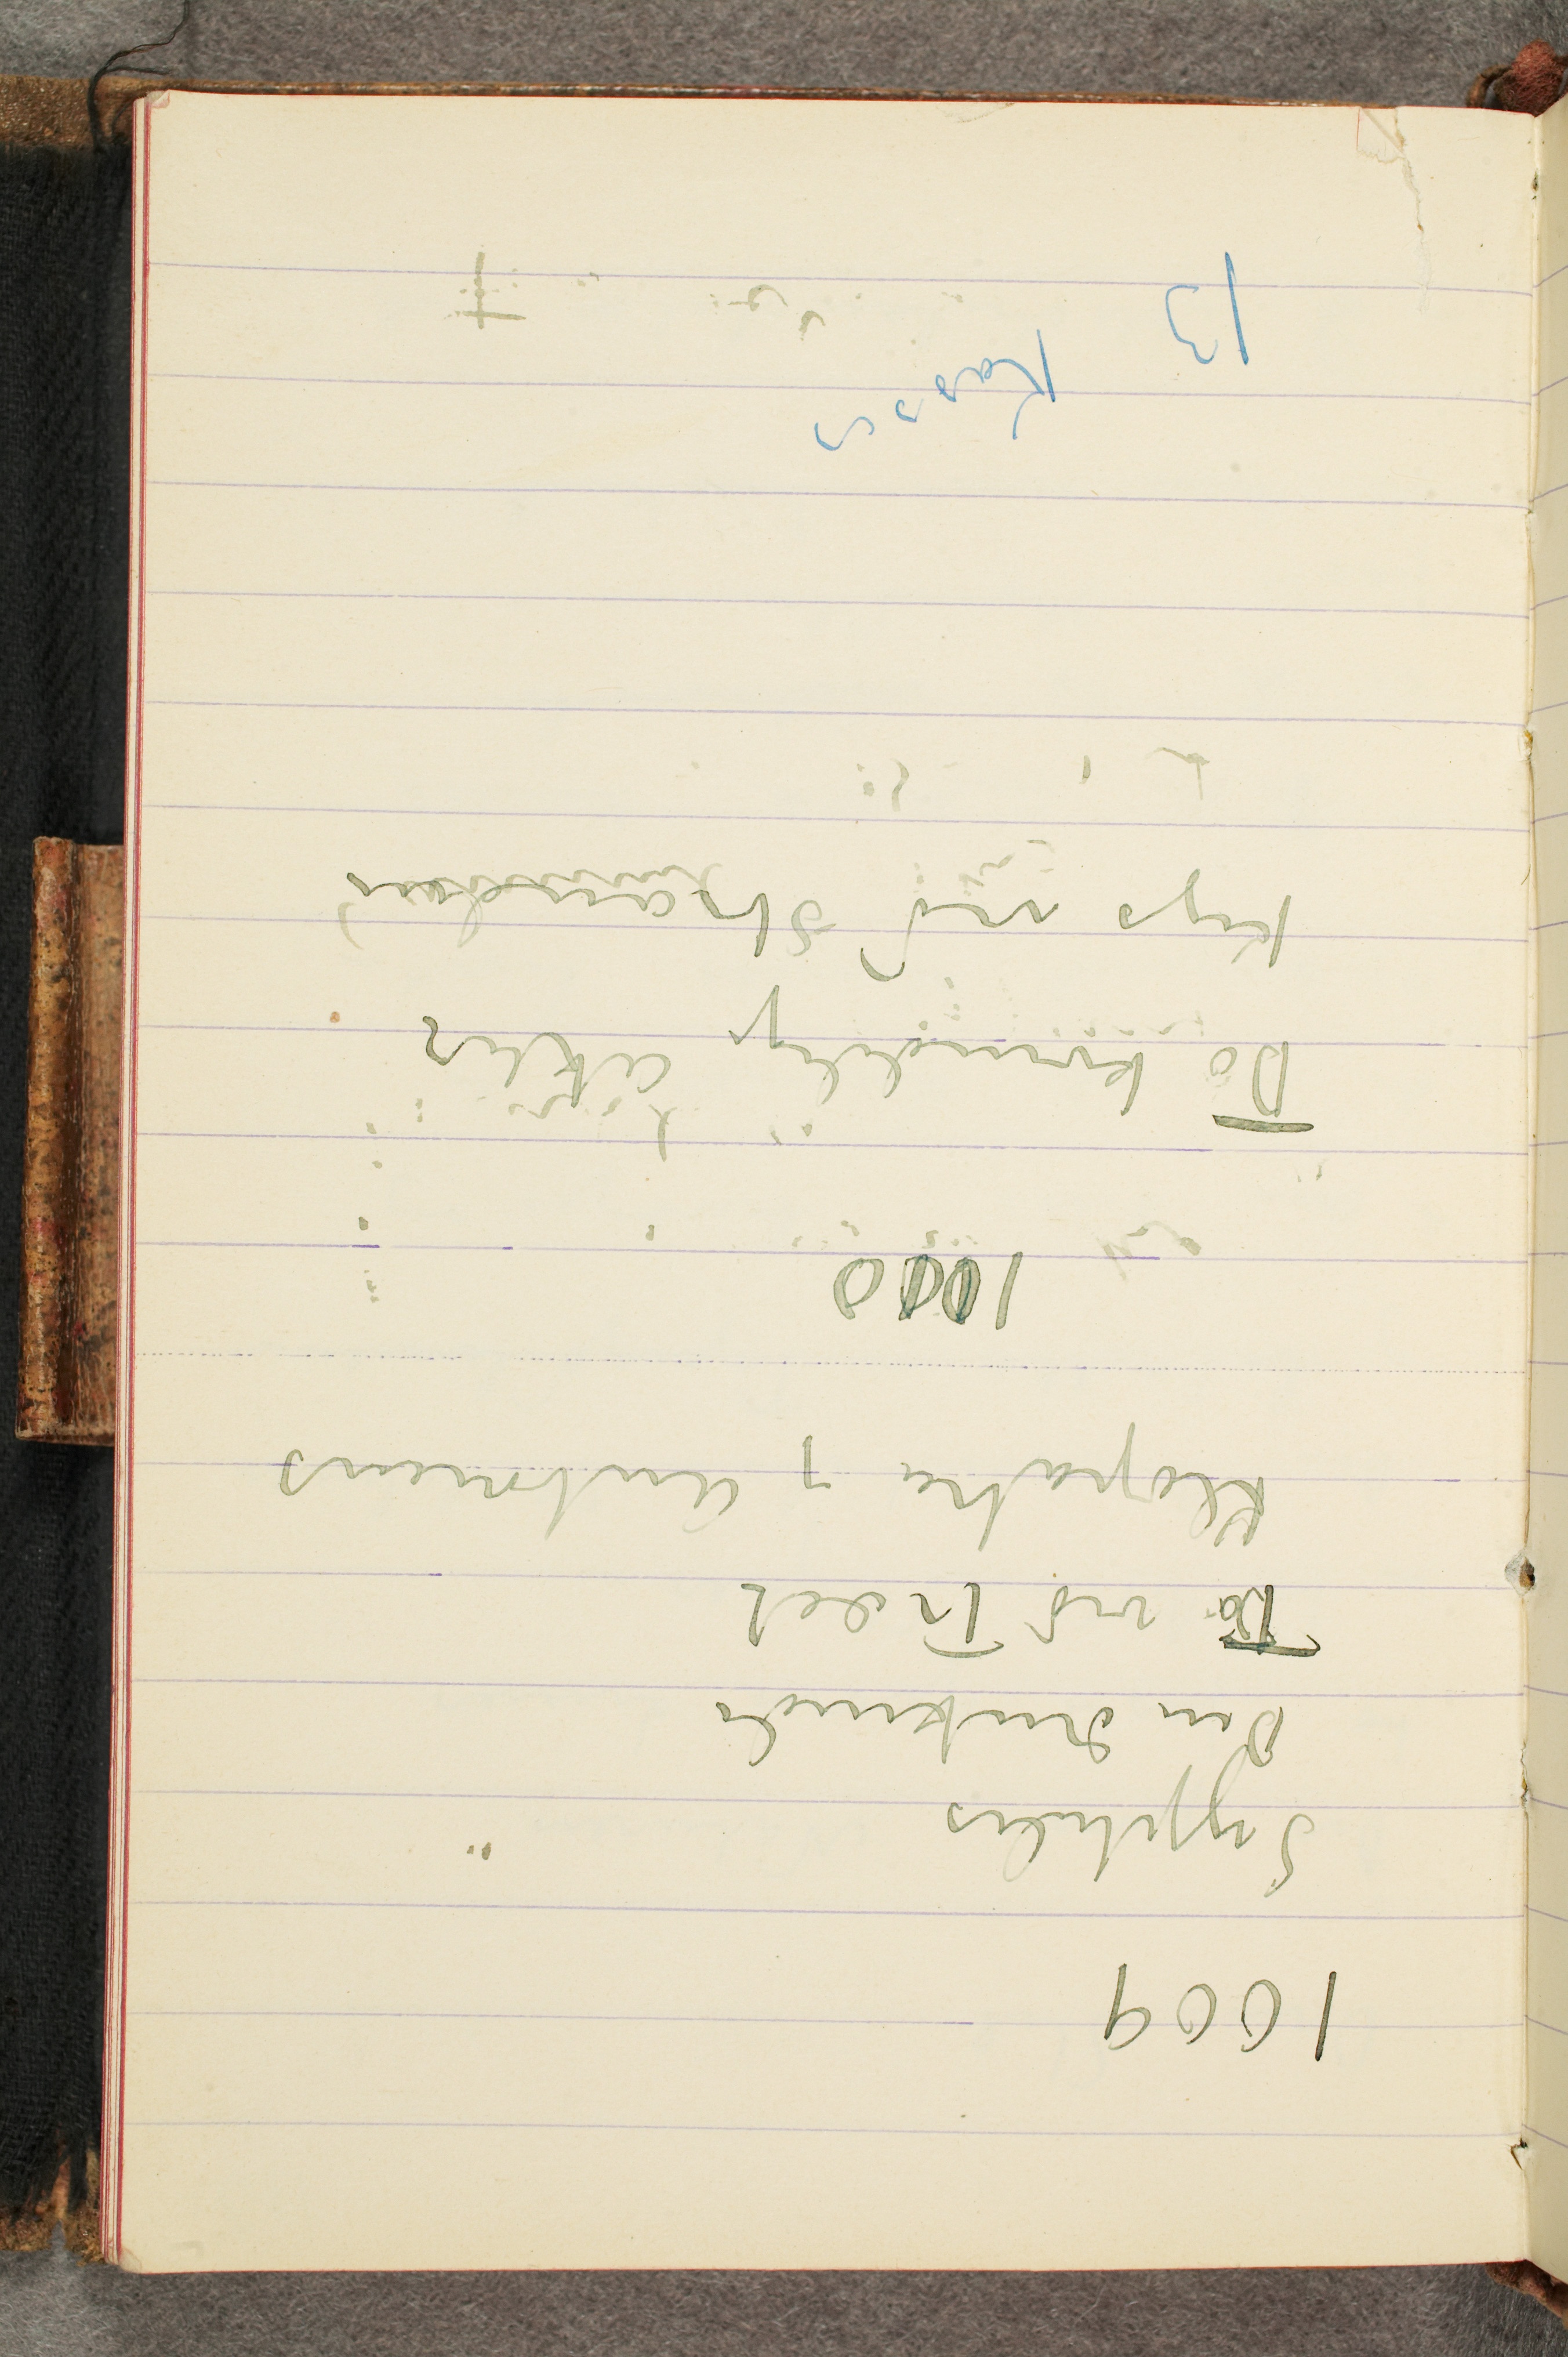
1009
Syphilis
Den druknede
To ved Træet
Kleopatra og Antonius
1010
To kvindelige Akter
Kys ved Stranden

13 Kasser